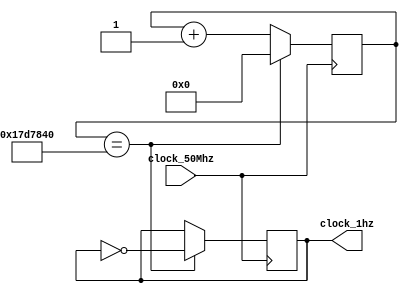
module frequency_divider
(input clock_50Mhz,
output reg clock_1hz);

reg [25:0] counter ; //So necessrios 26 bits para armazenar a contagem do clock_

always @ (posedge clock_50Mhz)
begin

	if (counter==25000000)
	begin
	clock_1hz = ~clock_1hz;
	counter =0;
	end
	
	else 
	counter = counter+1;

	end
endmodule